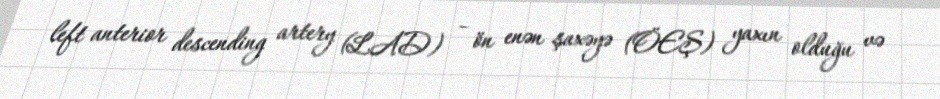
left anterior descending artery (LAD) – ön enən şaxəyə (ÖEŞ) yaxın olduğu və